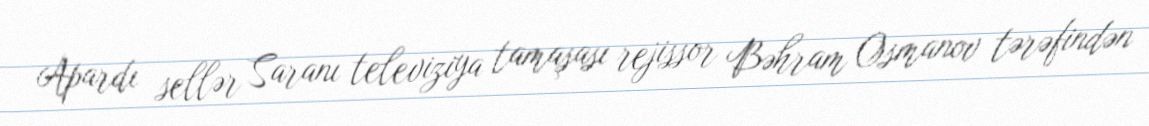
Apardı sellər Saranı televiziya tamaşası rejissor Bəhram Osmanov tərəfindən